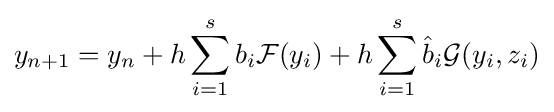
y_{n+1}=y_{n}+h\sum _{i=1}^{s}b_{i}{\mathcal {F}}(y_{i})+h\sum _{i=1}^{s}{\hat {b}}_{i}{\mathcal {G}}(y_{i},z_{i})